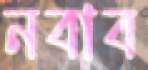
নবাব